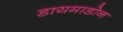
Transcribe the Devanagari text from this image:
डायमाडोन